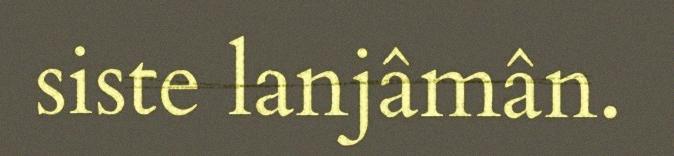
siste lanjâmân.